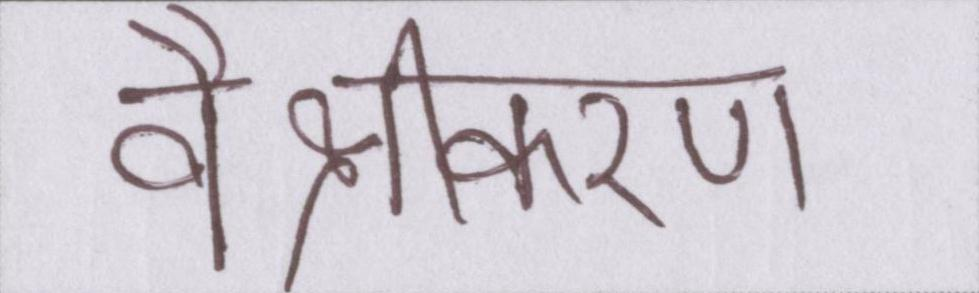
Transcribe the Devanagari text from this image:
वैश्वीकरण